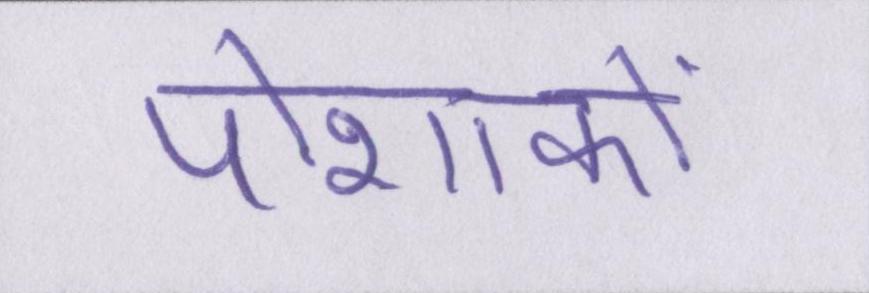
पोशाकों